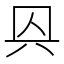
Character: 㒷